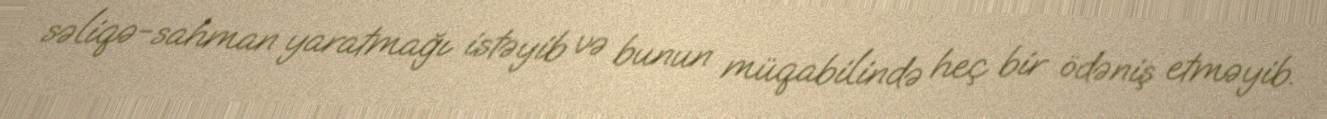
səliqə-sahman yaratmağı istəyib və bunun müqabilində heç bir ödəniş etməyib.